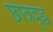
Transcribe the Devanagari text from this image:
छात्रवृद्ध